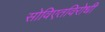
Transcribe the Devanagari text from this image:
सोविएतविरोधी